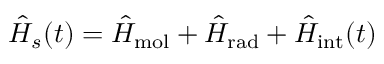
\hat { H } _ { s } ( t ) = \hat { H } _ { \mathrm { m o l } } + \hat { H } _ { \mathrm { r a d } } + \hat { H } _ { \mathrm { i n t } } ( t )